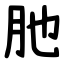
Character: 肔